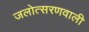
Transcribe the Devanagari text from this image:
जलोत्सरणवाली